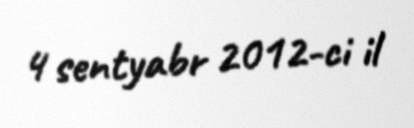
4 sentyabr 2012-ci il